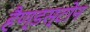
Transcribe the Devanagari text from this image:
हैण्डस्टोन